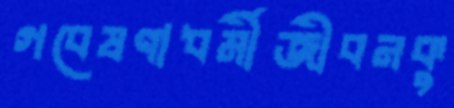
গবেষণাধর্মীজীবনকু